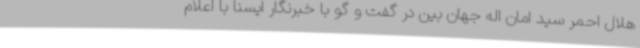
هلال احمر سید امان اله جهان بین در گفت و گو با خبرنگار ایسنا با اعلام